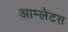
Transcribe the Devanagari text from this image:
आम्लेटस